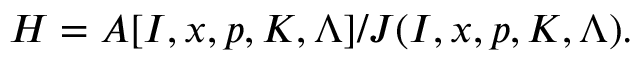
H = A [ I , x , p , K , \Lambda ] / J ( I , x , p , K , \Lambda ) .